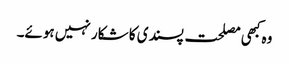
وہ کبھی مصلحت پسندی کا شکار نہیں ہوئے۔